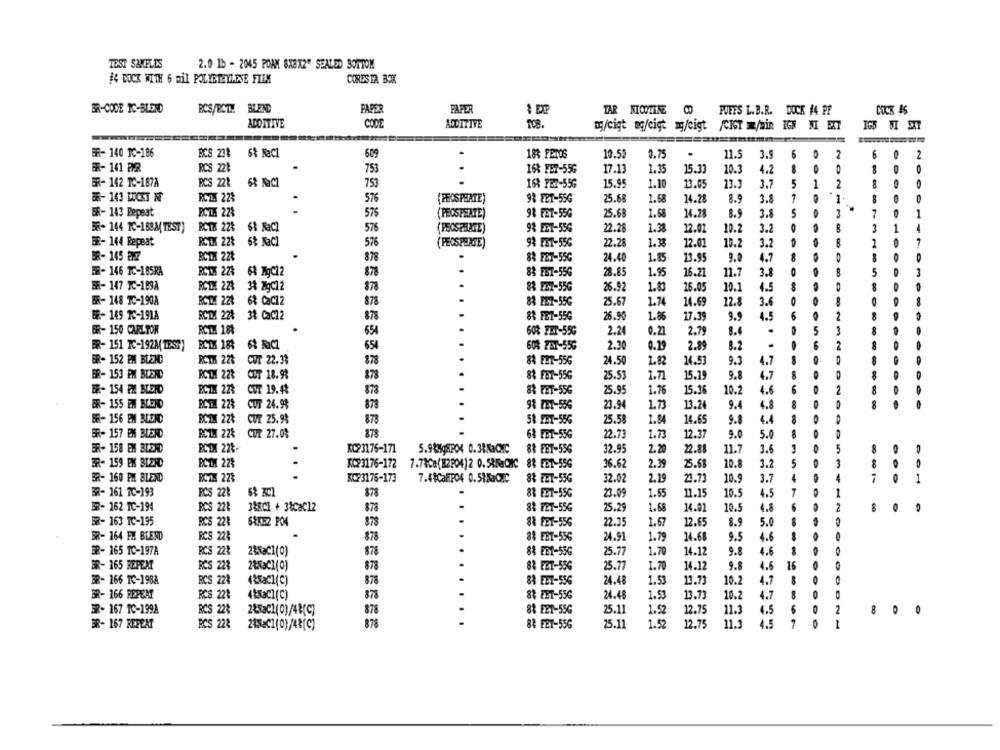
TEST SAMPLES
2.0 1b - 2045 POAM 8X8X2" SEALED BOTTOM
#4 DOCK WITH 6 mil POLYETHYLENE FLEM
CORESTA BOK
BR-CODE IC-BLEND
RCS/BCT !! BLEND
PAPER
PAPER
TAR NICOTINE CO
FUEES L.B.R. DOCK 14 PP
ADO TTIVE
CODE
ADDITIVE
my/cigt mg/cigt mg/cigt /CIT =/ain IGN MI EXT
===
BR- 140 IC-186
BCS 23%
5% NaCl
609
18% FRIOS
10.50
0.75
.
11.5
3.9
6
0
2
2
ER- 141 FR
RCS 22₺
753
168 FE7-55G
17.13
1.35
15.33
10.3
4.2
...
ER- 142 IC-187A
RCS 228
753
16 PET-55G
15.95
1.10
13.05
13.3
3.7
5
1
2
BE- 143 LUCKY NT
RCT. 22%
576
{PECS PHATE)
9& FET-55G
25.68
1.68
14.28
8.9
3.8
7
1
8
ER- 143 Repeat
RCT. 22%
575
( PECSPEATE)
9& FET-55G
25.68
1.68
14.28
8.9
3.8
5
3
7
BR- 144 TC-168M( TEST)
RCTX 22%
68 NaC
576
PECSPARTE)
9& ERT-55G
22.28
1.38
12.01
10.2
3.2
3
1
-
BR- 144 Repeat
RCTX 22%
6% NaCl
576
( PEOSPENGE)
93 EB1-55G
22.28
1.38
12.01
10.2
3.2
1
.
BR- 145 EME
BCDLI 22₺
878
88 FET-55G
24.40
1.85
13.95
9.0
4.7
FR- 146 IC-185RA
RCDX 224
. .
63 MgC12
878
88 FEZ-556
28.85
1.95
16.21
11.7
3.1
O
5
ER- 147 IC-1898
RCDM 22%
8
38 MgC12
878
88 EDT-55G
26.92
1.83
16.05
10.1
4.5
ER- 148 TC-1908
RCT 221
6& CaC12
25.67
1.74
878
83 PET-55G
14.69
12.8
3.6
BE- 149 10-1918
RCT. 224
3% CaC12
26.90
17.39
9.9
4.5
2
878
88 FE1-55G
L.8%
ER- 150 CARLTOR
RCT 188
654
608 FET-55G
2.79
8.4
.
5
3
8
2.24
0.21
BR- 151 IC-192M( TEST)
RCIX 184
6% RaCZ
608 23-556
2.30
0.29
2.89
8.2
2
658
ER- 152 EM BLEND
RCDX 22%
COT 22.33
88 EBT-556
24.50
1.82
14.53
9.3
4.7
878
BR- 153 PM BLERC
RCDI 22%
CET 18.98
84 FBT-556
25.53
1.71
15.19
9.8
4.7
878
ER- 154 EX BLOND
RCTX 22%
CET 19.43
88 FBT-55G
25.95
1.76
15.36
10.2
4.6
878
ER- 155 EM BLOND
PCT. 22%
CUT 24.9%
878
9% TET-556
23.94
1.73
13.24
9.4
4.8
BE- 156 EM BLEND
BCTX 22%
CUT 25.9%
878
58 2BT-55G
25.58
1.84
14.65
9.8
4.4
GR- 157 EM BLEND
RCT. 22%
CUT 27.03
878
68 FBT-55G
22.73
1.73
12.37
9.0
5.0
ER- 158 EM BLOND
RCTX 22%-
KC23176-171
5.98HgSPO4 0.38KaCMC
88 EBT-556
32.95
2.20
2.88
11.7
3.6
5
BR- 159 EX BLZHD
PCTH 22%
RC23176-172
7.74Ca(82204)2 0.58MaCMC 8& EBT-556
88 FBT-55G
36.62
2.39
25.63
10.8
3.2
1
8
BR- 160 PM BLEND
RCZ. 22%
KCR3175-173
7.48CaFFO4 0.51MaCIC
8& EET-55G
32.02
2.19
23.73
10.9
3.
4
7
1
BR- 161 7C-193
PCS 228
878
83 FBT-55G
23.09
1.55
11.15
10.5
4.5
1
ER- 162 IC-194
RCS 228
388C1 + 3&Cac12
878
8& FET-55G
25.29
1.68
14.01
10.5
4.8
8
BR- 163 TC-195
RCS 228
587152 PO4
878
88 FET-556
22.35
1.67
12.65
8.9
5.0
8
BR- 164 FM BLEND
RCS 224
878
8& EBT-556
24.91
1.79
14.68
9.5
4.6
BR- 165 1C-197A
RCS 228
2&NaC1(0)
878
88 ER1-55G
25.77
1.70
14.12
9.8
4.6
-
BR- 165 REPEAT
RCS 228
28x3C1(0)
878
...
8& EET-55G
25.77
1.70
14.12
9.8
4.6
16
BR- 166 TC-1988
RCS 228
4&Sac1(C)
878
.
88 FET-556
24.48
1.53
13.73
10.2
4.7
4.7
BR- 166 REPEAT
RCS 221
4&sac1(C)
878
88 FET-55G
24.48
1.53
13.73
10.2
3R- 167 1C-1998
RCS 22%
2&sac1(0)/48(c)
878
8& EET-55G
25.11
1.52
12.75
11.3
4.5
2
878
GR- 167 REPEAT
RCS 22%
215ac1(0)/48[c]
8& FET-55G
25.11
1.52
12.75
11.3
4.5